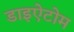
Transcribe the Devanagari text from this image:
डाइऐटोम